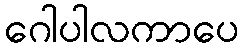
ဂေါပါလကာပေ